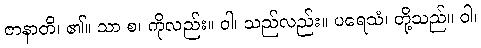
ဇာနာတိ၊ ၏။ သာ စ၊ ကိုလည်း။ ဝါ၊ သည်လည်း။ ပရေသံ၊ တို့သည်။ ဝါ၊